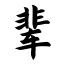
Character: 辈